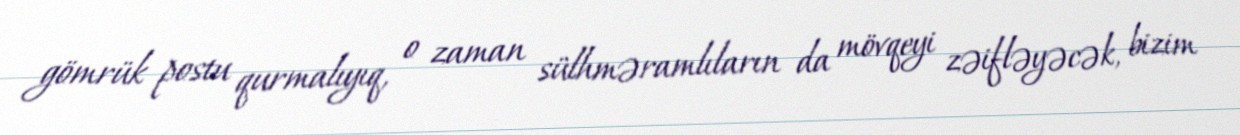
gömrük postu qurmalıyıq, o zaman sülhməramlıların da mövqeyi zəifləyəcək, bizim